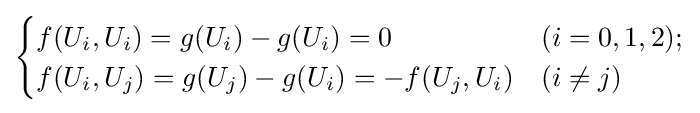
{\begin{cases}f(U_{i},U_{i})=g(U_{i})-g(U_{i})=0&(i=0,1,2);\\f(U_{i},U_{j})=g(U_{j})-g(U_{i})=-f(U_{j},U_{i})&(i\neq j)\end{cases}}